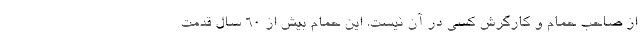
از صاحب حمام و کارگرش کسی در آن نیست. این حمام بیش از ۶۰ سال قدمت